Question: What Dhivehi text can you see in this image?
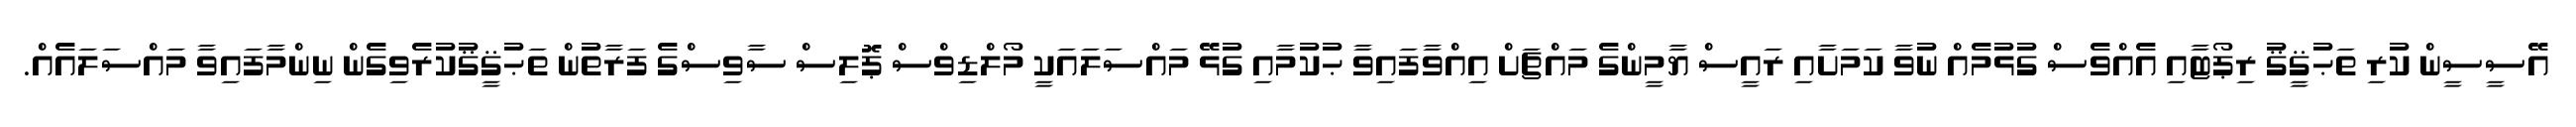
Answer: އޭސީސީން ކުރި ތަޙުޤީޤު ރިޕޯޓާއި އެއްވެސް ގުޅުމެއް ނުވާ ކަމަށާއި ރައީސް ޔާމީންގެ މައްޗަށް އިއްވާފައިވާ ޙުކުމާއި ގުޅޭ މައްސަލައަކީ މޯލްޑިވްސް ޕޮލިސް ސާވިސްގެ ފަރާތުން ތަޙުޤީޤުކުރެވިގެން ނިންމާފައިވާ މައްސަލައެއް.